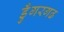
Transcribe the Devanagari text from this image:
डुँगरगढ